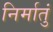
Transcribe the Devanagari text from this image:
निर्मातुं